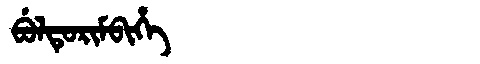
Manchu: ᠪᡠᠯᡨᡠᡵᡳᠮᠪᡳᡥᡝ
Romanization: BULTURIMBIHE